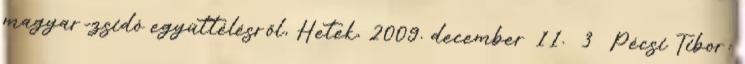
magyar-zsidó együttélésről, Hetek, 2009. december 11. 3 Pécsi Tibor: